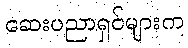
ဆေးပညာရှင်များက